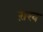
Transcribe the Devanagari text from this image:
ऱाख